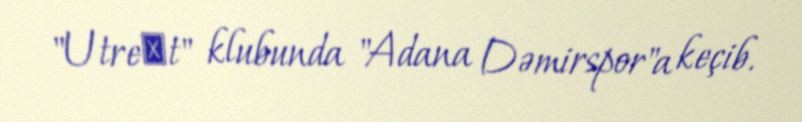
"Utreхt" klubunda "Adana Dəmirspor"a keçib.